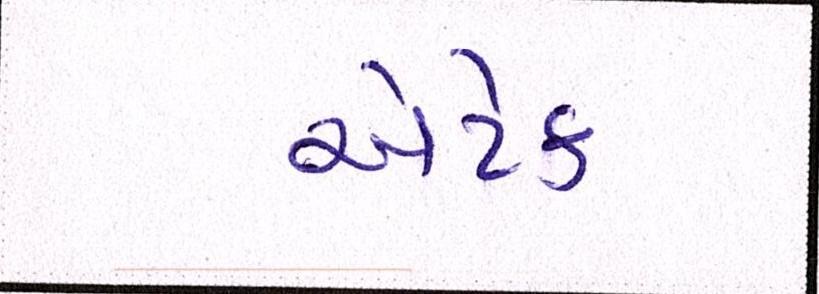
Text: એટેક